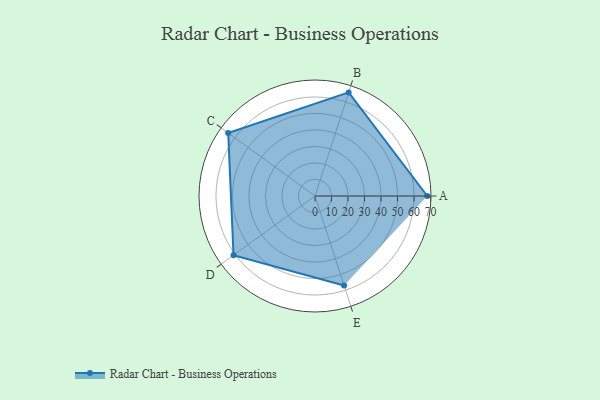
{"axis": {"x": "Skill", "y": "Score"}, "legend": ["Profile"], "data": [{"x": "A", "y": 68.0, "type": "Profile"}, {"x": "B", "y": 66.0, "type": "Profile"}, {"x": "C", "y": 65.0, "type": "Profile"}, {"x": "D", "y": 61.0, "type": "Profile"}, {"x": "E", "y": 57.0, "type": "Profile"}]}